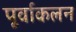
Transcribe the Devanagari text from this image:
पूर्वाकलन